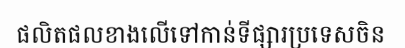
ផលិតផលខាងលើទៅកាន់ទីផ្សារប្រទេសចិន